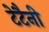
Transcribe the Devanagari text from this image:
टेटैनी